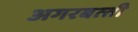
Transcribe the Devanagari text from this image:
अगरबत्‍ती